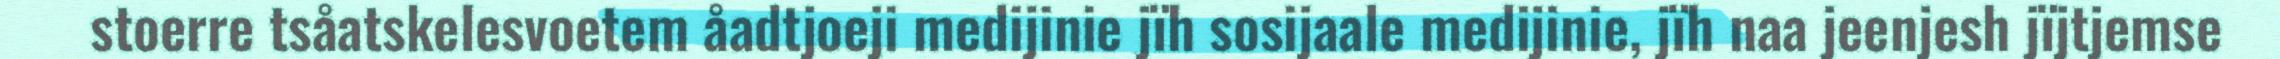
stoerre tsåatskelesvoetem åadtjoeji medijinie jïh sosijaale medijinie, jïh naa jeenjesh jïjtjemse